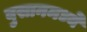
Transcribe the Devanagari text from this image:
बुसानमध्ये